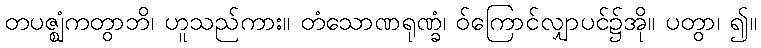
တပဇ္ဈံကတွာဘိ၊ ဟူသည်ကား။ တံသောဏရုဏ္ခံ၊ ဝ်ကြောင်လျှာပင်၌အို။ ပတွာ၊ ၍။